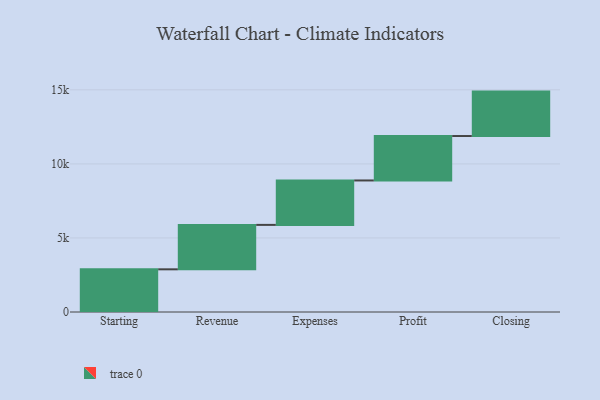
{"axis": {"x": "Step", "y": "Value"}, "legend": [""], "data": [{"x": "Starting", "y": 2882.0, "type": ""}, {"x": "Revenue", "y": 3000, "type": ""}, {"x": "Expenses", "y": 3000, "type": ""}, {"x": "Profit", "y": 3000, "type": ""}, {"x": "Closing", "y": 3000, "type": ""}]}